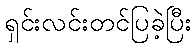
ရှင်းလင်းတင်ပြခဲ့ပြီး